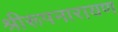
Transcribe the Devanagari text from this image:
श्रीरूपनारायण